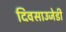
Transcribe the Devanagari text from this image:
दिवसाउजेडी